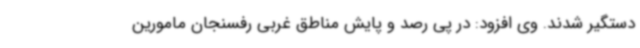
دستگیر شدند. وی افزود: در پی رصد و پایش مناطق غربی رفسنجان مامورین